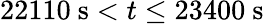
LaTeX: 22110\ \mathrm{s}<t\leq 23400\ \mathrm{s}